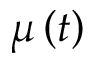
\mu \left( t \right)